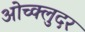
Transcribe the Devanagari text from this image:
ओच्क्लुदर